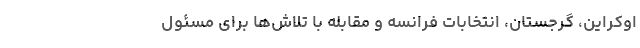
اوکراین، گرجستان، انتخابات فرانسه و مقابله با تلاش‌ها برای مسئول